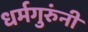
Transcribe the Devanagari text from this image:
धर्मगुरुंनी